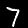
Digit: 7